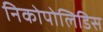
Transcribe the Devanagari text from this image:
निकोपोलिडिस